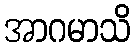
အာဂမာသိ